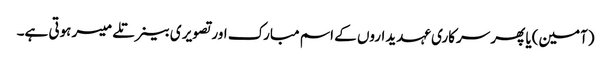
(آمین)یا پھر سرکاری عہدیداروں کے اسم مبارک اور تصویر ی بینر تلے میسر ہوتی ہے۔